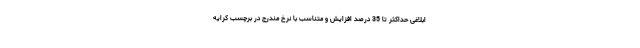
ابلاغی حداکثر تا 35 درصد افزایش و متناسب با نرخ مندرج در برچسب کرایه